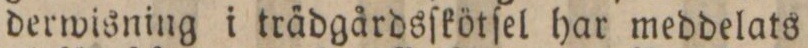
derwisning i trädgårdsſkötſel har meddelats